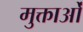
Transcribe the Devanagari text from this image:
मुक्ताओं